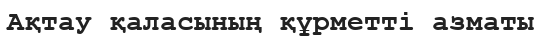
Ақтау қаласының құрметті азматы